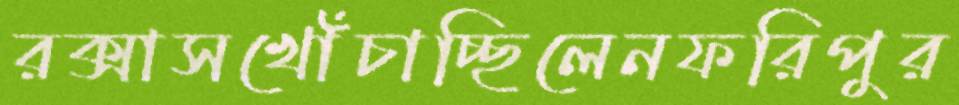
রক্সাসখোঁচাচ্ছিলেনফরিপুর